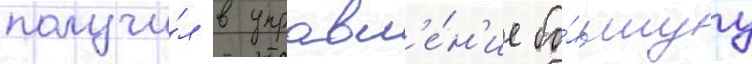
получи́л в управл'е́н'ие бо́льшуу